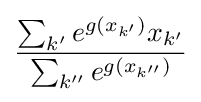
{\frac {\sum _{k'}e^{g(x_{k'})}x_{k'}}{\sum _{k''}e^{g(x_{k''})}}}